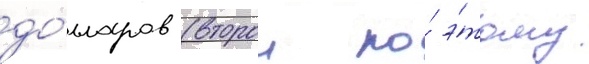
до́лларов (второи по́ э́тому